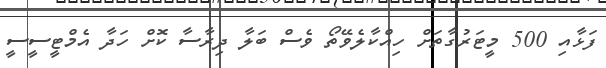
ފަޅާއި 500 މީޓަރުގާތަށް ހިއްކާލެވޭތޯ ވެސް ބަލާ ދިރާސާ ކޮށް ހަދާ އެމްޓީސީސީ